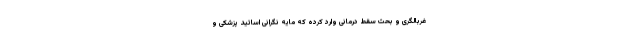
غربالگری و بحث سقط درمانی وارد کرده که مایه نگرانی اساتید پزشکی و